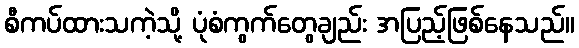
စီကပ်ထားသကဲ့သို့ ပုံစံကွက်တွေချည်း အပြည့်ဖြစ်နေသည်။